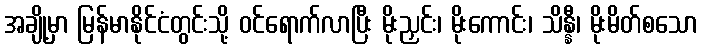
အချို့မှာ မြန်မာနိုင်ငံတွင်းသို့ ဝင်ရောက်လာပြီး မိုးညှင်း၊ မိုးကောင်း၊ သိန္နီ၊ မိုးမိတ်စသော